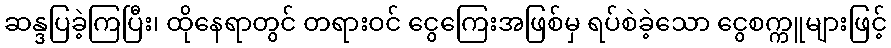
ဆန္ဒပြခဲ့ကြပြီး၊ ထိုနေရာတွင် တရားဝင် ငွေကြေးအဖြစ်မှ ရပ်စဲခဲ့သော ငွေစက္ကူများဖြင့်